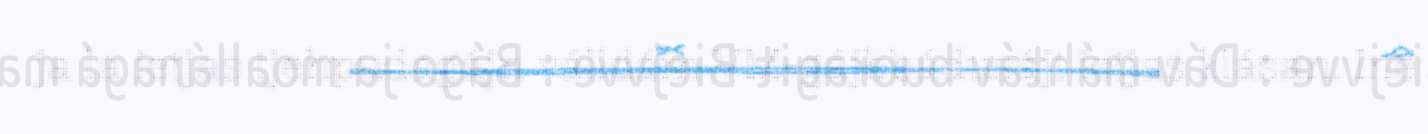
ja la ietjas tjehpudagájn válldám VM-gájbbádusájt ietjas klásan. Ine